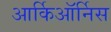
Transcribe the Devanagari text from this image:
आर्किऑर्निस